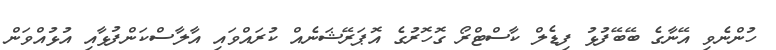
ހުންނެވި އޭނާގެ ބޭބޭފުޅު ފިޑެލް ކާސްޓްރޯ ގޮހޮރުގެ އޮޕަރޭޝަނެއް ކުރައްވައި އާލާސްކަންފުޅާއި އުޅުއްވަން